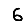
Digit: 6